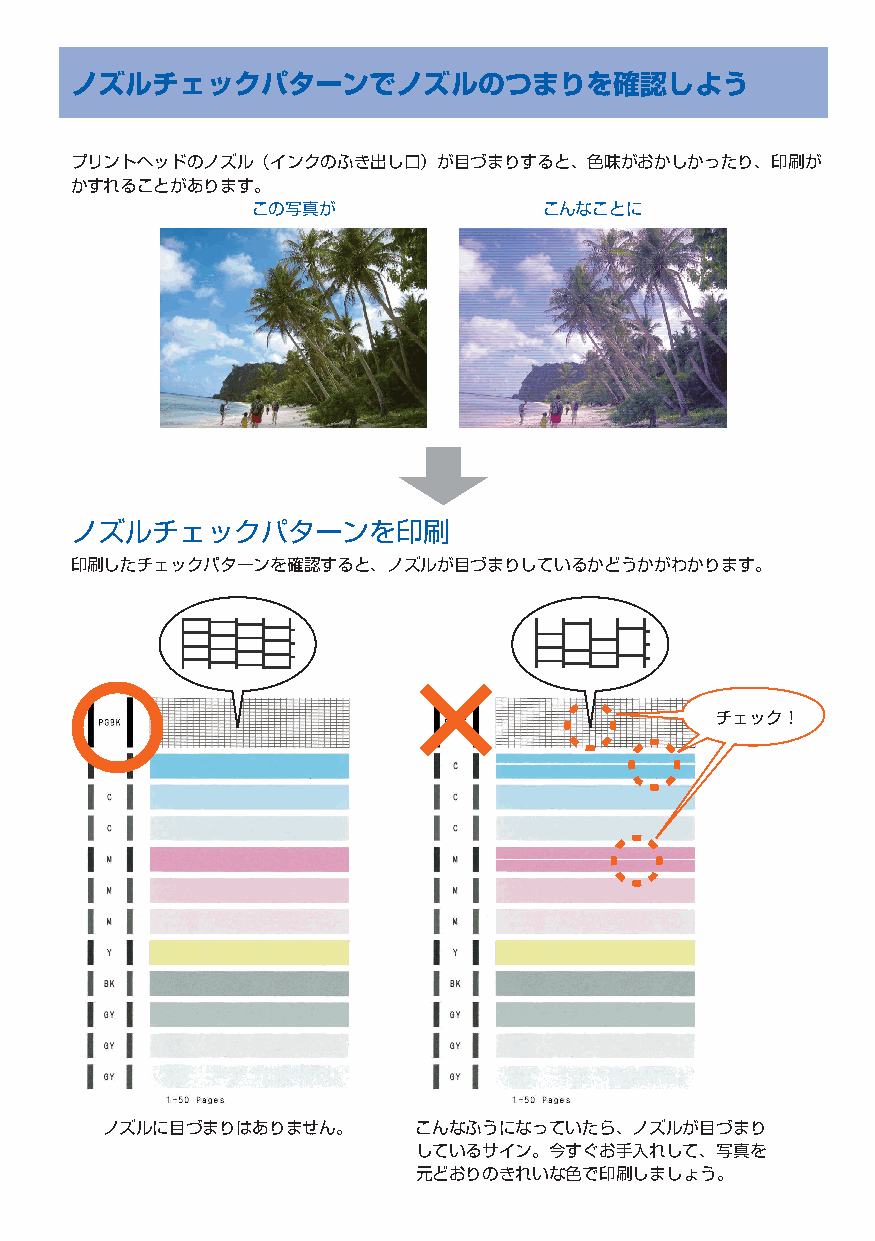
ノズルチェックパターンでノズルのつまりを確認しよう
 プリントヘッドのノズル（インクのふき出し口）が目づまりすると、色味がおかしかったり、印刷が
 かすれることがあります。
 この写真が              こんなことに
 ノズルチェックパターンを印刷
 印刷したチェックパターンを確認すると、ノズルが目づまりしているかどうかがわかります。
 チェック！
 ノズルに目づまりはありません。      こんなふうになっていたら、ノズルが目づまり
 しているサイン。今すぐお手入れして、写真を
 元どおりのきれいな色で印刷しましょう。